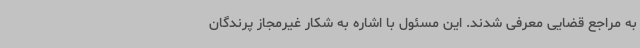
به مراجع قضایی معرفی شدند. این مسئول با اشاره به شکار غیرمجاز پرندگان